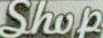
Shop